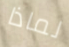
لماذا